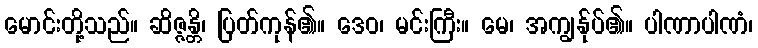
မောင်းတို့သည်။ ဆိဇ္ဇန္တိ၊ ပြတ်ကုန်၏။ ဒေဝ၊ မင်းကြီး။ မေ၊ အကျွန်ုပ်၏။ ပါဏာပါဏံ၊